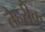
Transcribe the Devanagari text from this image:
तेहरीक